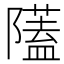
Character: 𨽈